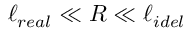
\ell _ { r e a l } \ll R \ll \ell _ { i d e l }